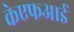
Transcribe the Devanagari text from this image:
केएफआई